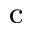
_ \mathrm { c }